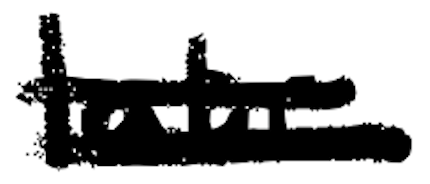
Text: late
Cross-out: mix
Writing tool: digital_black